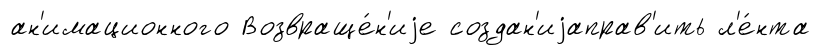
ан'имационного Возвраще́н'иjе создан'иjаправ'ить л'е́нта